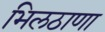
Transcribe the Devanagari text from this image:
भिलठाणा